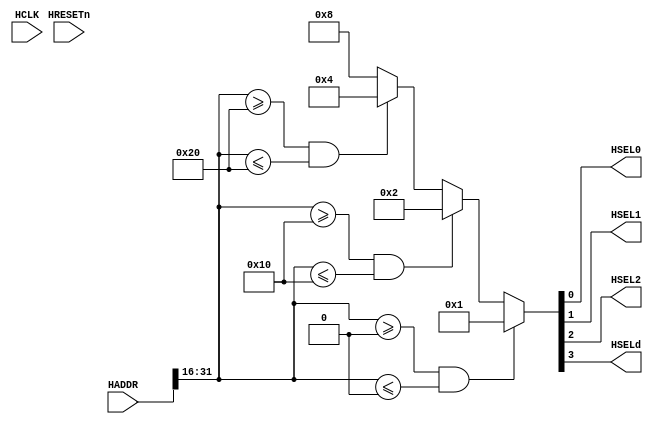
module ahb_decoder #(
    parameter NUM_S = 3
)(
    input wire HCLK,
    input wire HRESETn,

    input wire [31:0] HADDR,

    output wire HSEL0,
    output wire HSEL1,
    output wire HSEL2,
    output wire HSELd
);

    localparam  S0_START_ADDR = 16'h0000,
                S1_START_ADDR = 16'h0010,
                S2_START_ADDR = 16'h0020,
                S3_START_ADDR = 16'h0030;
    
    localparam  S_ADDR_SIZE = 16'h0010;

    localparam  S0_END_ADDR = S0_START_ADDR + S_ADDR_SIZE - 1'b1,
                S1_END_ADDR = S1_START_ADDR + S_ADDR_SIZE - 1'b1,
                S2_END_ADDR = S2_START_ADDR + S_ADDR_SIZE - 1'b1,
                S3_END_ADDR = S3_START_ADDR + S_ADDR_SIZE - 1'b1;

    wire [15:0] h_haddr;
    assign h_haddr = HADDR[31:16];

    reg [NUM_S-1+1:0] hsel;

    always @(*) begin
        if((NUM_S>0) && (h_haddr>=S0_START_ADDR) && (h_haddr<=S0_START_ADDR))
            hsel <= 4'b0001;
        else if((NUM_S>1) && (h_haddr>=S1_START_ADDR) && (h_haddr<=S1_START_ADDR))
            hsel <= 4'b0010;
        else if((NUM_S>2) && (h_haddr>=S2_START_ADDR) && (h_haddr<=S2_START_ADDR))
            hsel <= 4'b0100;
        else
            hsel <= 4'b1000;
    end

    assign {HSELd, HSEL2, HSEL1, HSEL0} = hsel[3:0];

endmodule